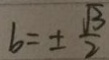
b = \pm \frac { \sqrt { 3 } } { 2 }